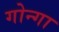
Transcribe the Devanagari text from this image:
गोन्गा